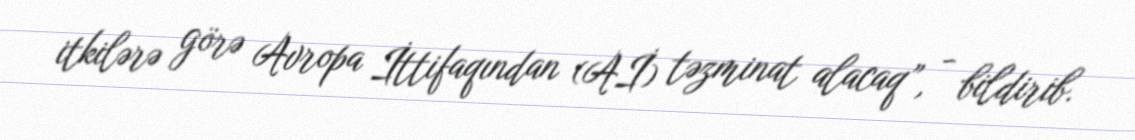
itkilərə görə Avropa İttifaqından (Aİ) təzminat alacaq”, - bildirib.